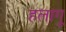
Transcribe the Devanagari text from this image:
हलागू